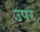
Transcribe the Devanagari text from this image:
उपर